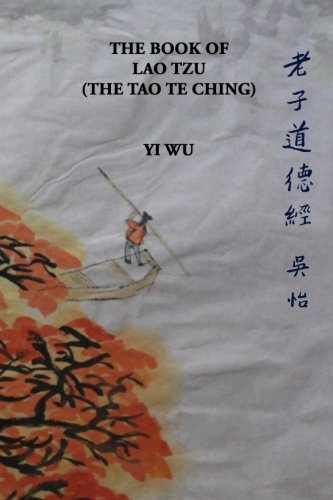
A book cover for The Book of Lao Tzu Tao Te Ching; Dr Yi Wu; Religion & Spirituality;